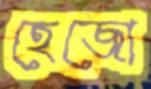
হেজো